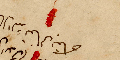
اطال الله تعالى بقاه